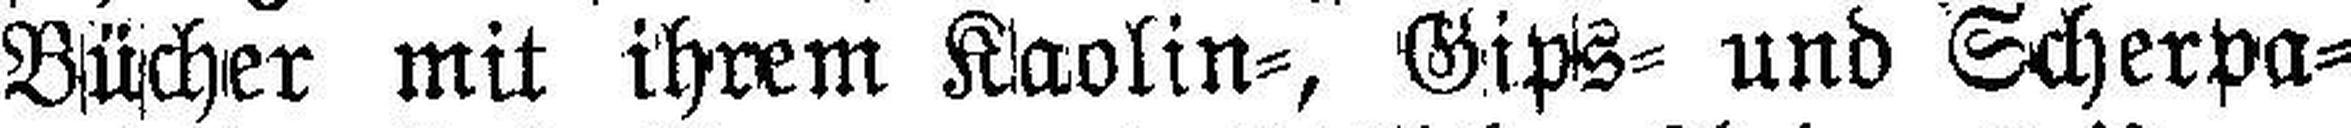
Bücher mit ihrem Kaolin=, Gips= und Scherpa¬